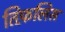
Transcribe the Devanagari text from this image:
तिफ़लिस